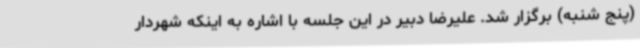
(پنج شنبه) برگزار شد. علیرضا دبیر در این جلسه با اشاره به اینکه شهردار